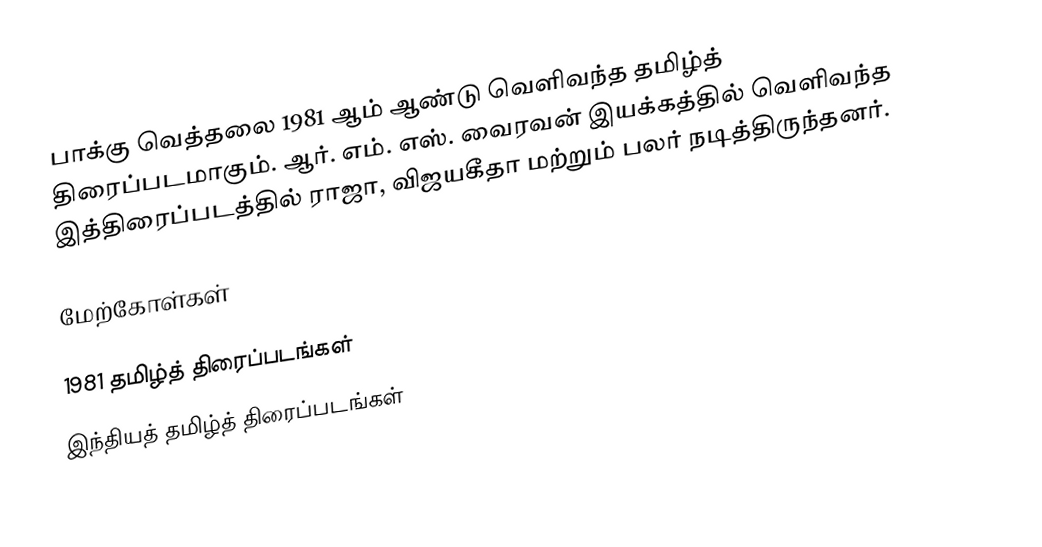
பாக்கு வெத்தலை 1981 ஆம் ஆண்டு வெளிவந்த தமிழ்த் திரைப்படமாகும். ஆர். எம். எஸ். வைரவன் இயக்கத்தில் வெளிவந்த இத்திரைப்படத்தில் ராஜா, விஜயகீதா மற்றும் பலர் நடித்திருந்தனர்.

மேற்கோள்கள்

1981 தமிழ்த் திரைப்படங்கள்
இந்தியத் தமிழ்த் திரைப்படங்கள்